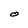
Character: O